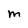
Character: M